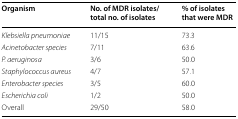
<table><thead><tr><td><b>Organism</b></td><td><b>No. of MDR isolates/total no. of isolates</b></td><td><b>% of isolates that were MDR</b></td></tr></thead><tbody><tr><td><i>Klebsiella pneumoniae</i></td><td>11/15</td><td>73.3</td></tr><tr><td><i>Acinetobacter species</i></td><td>7/11</td><td>63.6</td></tr><tr><td><i>P. aeruginosa</i></td><td>3/6</td><td>50.0</td></tr><tr><td><i>Staphylococcus aureus</i></td><td>4/7</td><td>57.1</td></tr><tr><td><i>Enterobacter species</i></td><td>3/5</td><td>60.0</td></tr><tr><td><i>Escherichia coli</i></td><td>1/2</td><td>50.0</td></tr><tr><td>Overall</td><td>29/50</td><td>58.0</td></tr></tbody></table>